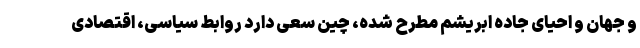
و جهان و احیای جاده ابریشم مطرح شده، چین سعی دارد روابط سیاسی، اقتصادی